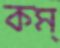
কম্